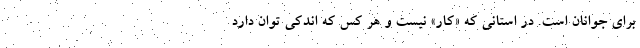
برای جوانان است. در استانی که «کار» نیست و هر کس که اندکی توان دارد